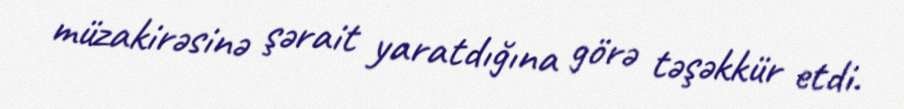
müzakirəsinə şərait yaratdığına görə təşəkkür etdi.